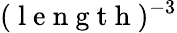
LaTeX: (\mathrm{~l~e~n~g~t~h~})^{-3}